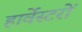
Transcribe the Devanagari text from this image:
हार्वेस्टरों